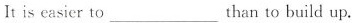
It is easier to ___ than to build up.